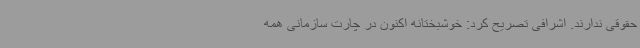
حقوقی ندارند. اشرافی تصریح کرد: خوشبختانه اکنون در چارت سازمانی همه